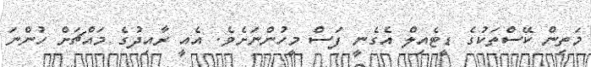
މަތިން ކޭސްތަކުގެ ޑީޓެއިލް އެގެނީ ފަސް މީހުންނަށެވެ. އެއީ ރާއިދުގެ މައްޗަށް ހުންނަ